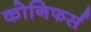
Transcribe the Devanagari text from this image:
कोनिफर्स